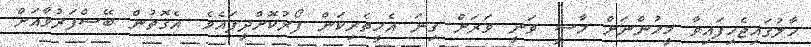
ހާލުގައިޖެހިފައިވާ މީހުންނަށް މާސީ ވަނީ ވަރަށް ގިނަ އެހީތެރިކަން ފޯރުކޮށްދީފައެވެ. އެގޮތުން ބޭސްފަރުވާއަށް